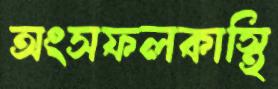
অংসফলকাস্থি